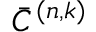
\bar { C } ^ { ( n , k ) }